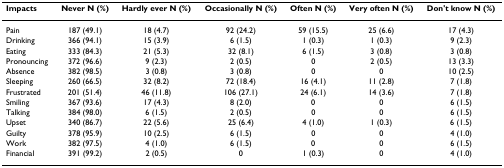
<table><thead><tr><td><b>Impacts</b></td><td><b>Never N (%)</b></td><td><b>Hardly ever N (%)</b></td><td><b>Occasionally N (%)</b></td><td><b>Often N (%)</b></td><td><b>Very often N (%)</b></td><td><b>Don&#x27;t know N (%)</b></td></tr></thead><tbody><tr><td>Pain</td><td>187 (49.1)</td><td>18 (4.7)</td><td>92 (24.2)</td><td>59 (15.5)</td><td>25 (6.6)</td><td>17 (4.3)</td></tr><tr><td>Drinking</td><td>366 (94.1)</td><td>15 (3.9)</td><td>6 (1.5)</td><td>1 (0.3)</td><td>1 (0.3)</td><td>9 (2.3)</td></tr><tr><td>Eating</td><td>333 (84.3)</td><td>21 (5.3)</td><td>32 (8.1)</td><td>6 (1.5)</td><td>3 (0.8)</td><td>3 (0.8)</td></tr><tr><td>Pronouncing</td><td>372 (96.6)</td><td>9 (2.3)</td><td>2 (0.5)</td><td>0</td><td>2 (0.5)</td><td>13 (3.3)</td></tr><tr><td>Absence</td><td>382 (98.5)</td><td>3 (0.8)</td><td>3 (0.8)</td><td>0</td><td>0</td><td>10 (2.5)</td></tr><tr><td>Sleeping</td><td>260 (66.5)</td><td>32 (8.2)</td><td>72 (18.4)</td><td>16 (4.1)</td><td>11 (2.8)</td><td>7 (1.8)</td></tr><tr><td>Frustrated</td><td>201 (51.4)</td><td>46 (11.8)</td><td>106 (27.1)</td><td>24 (6.1)</td><td>14 (3.6)</td><td>7 (1.8)</td></tr><tr><td>Smiling</td><td>367 (93.6)</td><td>17 (4.3)</td><td>8 (2.0)</td><td>0</td><td>0</td><td>6 (1.5)</td></tr><tr><td>Talking</td><td>384 (98.0)</td><td>6 (1.5)</td><td>2 (0.5)</td><td>0</td><td>0</td><td>6 (1.5)</td></tr><tr><td>Upset</td><td>340 (86.7)</td><td>22 (5.6)</td><td>25 (6.4)</td><td>4 (1.0)</td><td>1 (0.3)</td><td>6 (1.5)</td></tr><tr><td>Guilty</td><td>378 (95.9)</td><td>10 (2.5)</td><td>6 (1.5)</td><td>0</td><td>0</td><td>4 (1.0)</td></tr><tr><td>Work</td><td>382 (97.5)</td><td>4 (1.0)</td><td>6 (1.5)</td><td>0</td><td>0</td><td>6 (1.5)</td></tr><tr><td>Financial</td><td>391 (99.2)</td><td>2 (0.5)</td><td>0</td><td>1 (0.3)</td><td>0</td><td>4 (1.0)</td></tr></tbody></table>